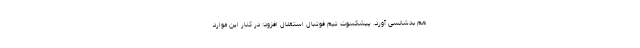
هم بدشانسی آورد. پیشکسوت تیم فوتبال استقلال افزود: در کنار این موارد